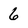
Character: 6